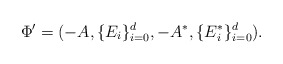
\begin{align*} \Phi' = (-A, \{E_i\}_{i=0}^d, -A^*, \{E^*_i\}_{i=0}^d). \end{align*}